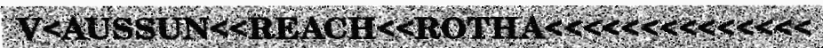
V<AUSSUN<<REACH<<ROTHA<<<<<<<<<<<<<<